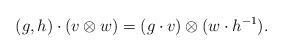
LaTeX: \begin{align*} (g,h)\cdot (v\otimes w)=(g\cdot v)\otimes (w\cdot h^{-1}).\end{align*}